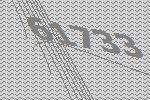
61733